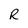
Character: R